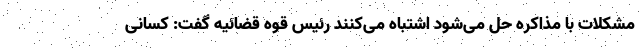
مشکلات با مذاکره حل می‌شود اشتباه می‌کنند رئیس قوه قضائیه گفت: کسانی